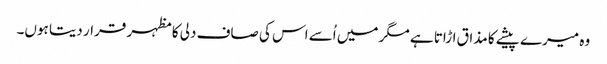
وہ میرے پیشے کا مذاق اڑاتا ہے مگر میں اُسے اس کی صاف دلی کا مظہر قرار دیتا ہوں۔